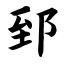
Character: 郅